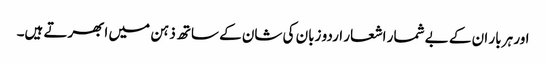
اور ہر بار ان کے بے شمار اشعار اردو زبان کی شان کے ساتھ ذہن میں ابھرتے ہیں۔